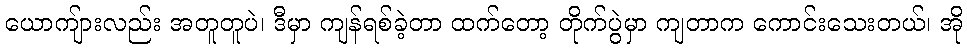
ယောကျ်ားလည်း အတူတူပဲ၊ ဒီမှာ ကျန်ရစ်ခဲ့တာ ထက်တော့ တိုက်ပွဲမှာ ကျတာက ကောင်းသေးတယ်၊ အို